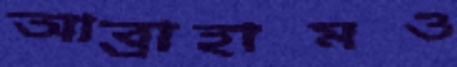
আব্রাহামও